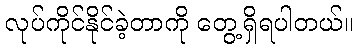
လုပ်ကိုင်နိုင်ခဲ့တာကို တွေ့ရှိရပါတယ်။